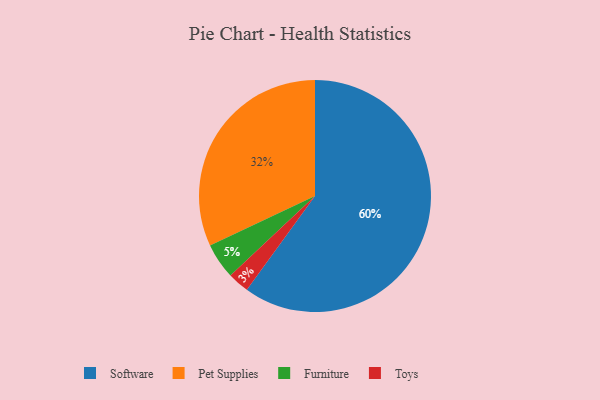
{"axis": {"x": "Category", "y": "Percentage"}, "legend": ["Furniture", "Pet Supplies", "Software", "Toys"], "data": [{"x": "Software", "y": 60, "type": "Software"}, {"x": "Pet Supplies", "y": 32, "type": "Pet Supplies"}, {"x": "Furniture", "y": 5, "type": "Furniture"}, {"x": "Toys", "y": 3, "type": "Toys"}]}